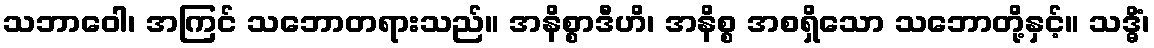
သဘာဝေါ၊ အကြင် သဘောတရားသည်။ အနိစ္စာဒီဟိ၊ အနိစ္စ အစရှိသော သဘောတို့နှင့်။ သဒ္ဓိံ၊